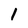
Character: 1